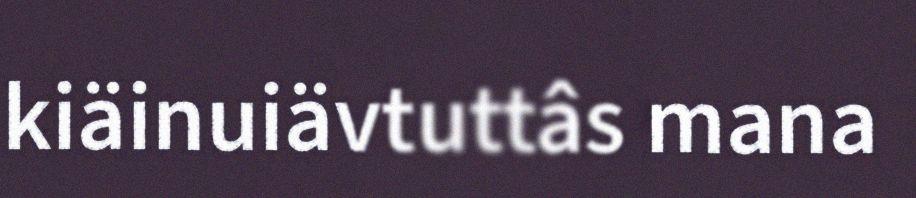
kiäinuiävtuttâs mana